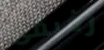
رفيقى